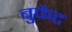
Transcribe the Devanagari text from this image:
बुफेट